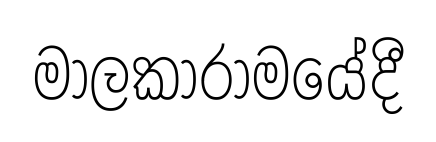
මාලකාරාමයේදී